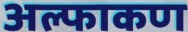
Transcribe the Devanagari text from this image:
अल्फाकण